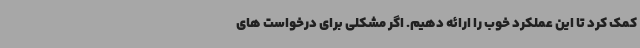
کمک کرد تا این عملکرد خوب را ارائه دهیم. اگر مشکلی برای درخواست های